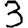
Digit: 3